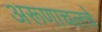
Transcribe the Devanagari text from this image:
अरूणाचलचे